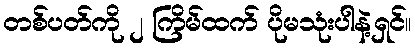
တစ်ပတ်ကို ၂ ကြိမ်ထက် ပိုမသုံးပါနဲ့ရှင်။